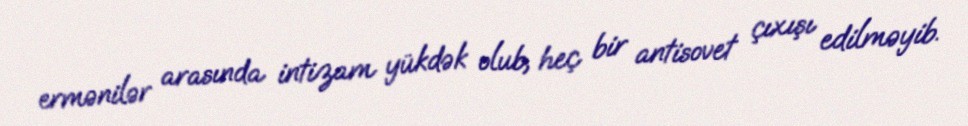
ermənilər arasında intizam yükdək olub, heç bir antisovet çıxışı edilməyib.